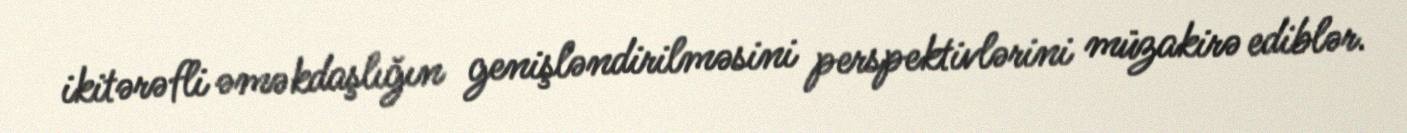
ikitərəfli əməkdaşlığın genişləndirilməsini perspektivlərini müzakirə ediblər.